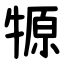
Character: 㹉